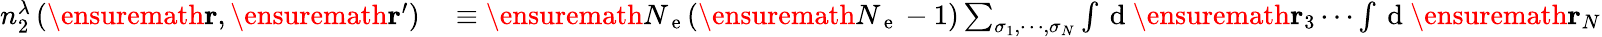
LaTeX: \begin{array}{rl}{n_{2}^{\lambda}\left(\ensuremath{\mathbf{r}},\ensuremath{\mathbf{r}}^{\prime}\right)}&{{}\equiv\ensuremath{N_{\mathrm{~e~}}}(\ensuremath{N_{\mathrm{~e~}}}-1)\sum_{\sigma_{1},\cdots,\sigma_{N}}\int\mathrm{~d~}\ensuremath{\mathbf{r}}_{3}\cdots\int\mathrm{~d~}\ensuremath{\mathbf{r}}_{N}}\end{array}